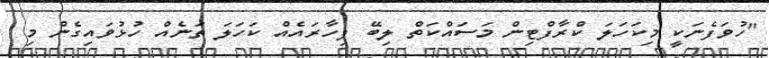
"ހުވަފެނަކީ މިކަހަލަ ކްރާފްޓިން މަސައްކަތް ލިބޭ ފިހާރައެއް ކަހަލަ ތަނެއް ހުޅުވައިގެން މި